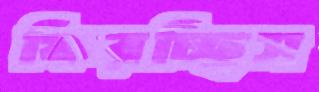
ফিরচ্ছিস